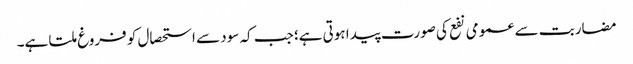
مضاربت سے عمومی نفع کی صورت پیدا ہوتی ہے؛ جب کہ سود سے استحصال کو فروغ ملتا ہے۔